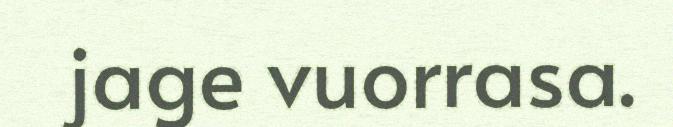
jage vuorrasa.